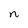
Character: n